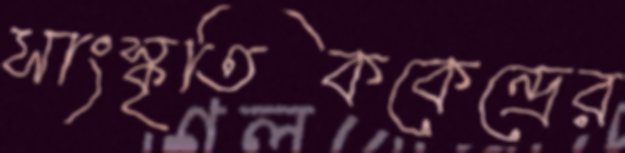
সাংস্কৃতিককেন্দ্রের